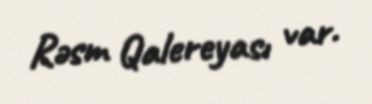
Rəsm Qalereyası var.